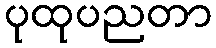
ပုထုပညတာ